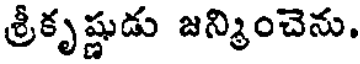
శ్రీకృష్ణుడు జన్మించెను.